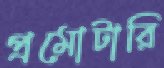
প্রমোটারি